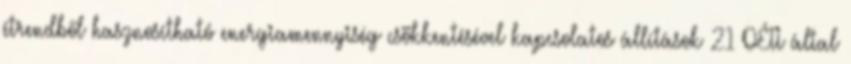
étrendből hasznosítható energiamennyiség csökkentésével kapcsolatos állítások 21 OÉTI által